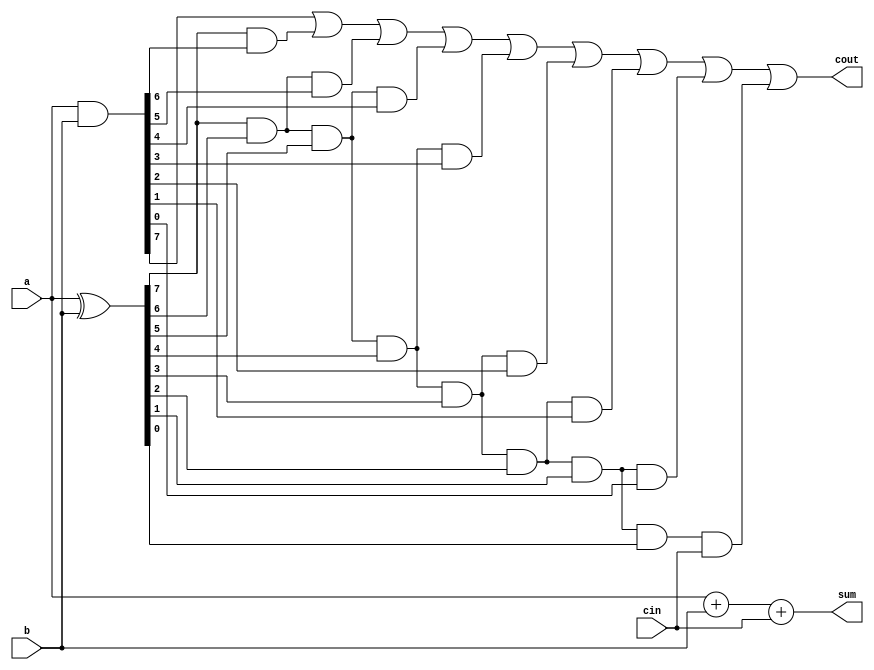
module carry_lookahead_adder(input [7:0] a, input [7:0] b, input cin, output [7:0] sum, output cout);

    wire [7:0] p, g; // Generate and propagate signals
    
    assign p = a ^ b; // Generate signal calculation
    assign g = a & b; // Propagate signal calculation
    
    // Carry calculation logic
    wire [7:0] c;
    assign c[0] = g[0] | (p[0] & cin);
    assign c[1] = g[1] | (p[1] & g[0]) | (p[1] & p[0] & cin);
    assign c[2] = g[2] | (p[2] & g[1]) | (p[2] & p[1] & g[0]) | (p[2] & p[1] & p[0] & cin);
    assign c[3] = g[3] | (p[3] & g[2]) | (p[3] & p[2] & g[1]) | (p[3] & p[2] & p[1] & g[0]) | (p[3] & p[2] & p[1] & p[0] & cin);
    assign c[4] = g[4] | (p[4] & g[3]) | (p[4] & p[3] & g[2]) | (p[4] & p[3] & p[2] & g[1]) | (p[4] & p[3] & p[2] & p[1] & g[0]) | (p[4] & p[3] & p[2] & p[1] & p[0] & cin);
    assign c[5] = g[5] | (p[5] & g[4]) | (p[5] & p[4] & g[3]) | (p[5] & p[4] & p[3] & g[2]) | (p[5] & p[4] & p[3] & p[2] & g[1]) | (p[5] & p[4] & p[3] & p[2] & p[1] & g[0]) | (p[5] & p[4] & p[3] & p[2] & p[1] & p[0] & cin);
    assign c[6] = g[6] | (p[6] & g[5]) | (p[6] & p[5] & g[4]) | (p[6] & p[5] & p[4] & g[3]) | (p[6] & p[5] & p[4] & p[3] & g[2]) | (p[6] & p[5] & p[4] & p[3] & p[2] & g[1]) | (p[6] & p[5] & p[4] & p[3] & p[2] & p[1] & g[0]) | (p[6] & p[5] & p[4] & p[3] & p[2] & p[1] & p[0] & cin);
    assign c[7] = g[7] | (p[7] & g[6]) | (p[7] & p[6] & g[5]) | (p[7] & p[6] & p[5] & g[4]) | (p[7] & p[6] & p[5] & p[4] & g[3]) | (p[7] & p[6] & p[5] & p[4] & p[3] & g[2]) | (p[7] & p[6] & p[5] & p[4] & p[3] & p[2] & g[1]) | (p[7] & p[6] & p[5] & p[4] & p[3] & p[2] & p[1] & g[0]) | (p[7] & p[6] & p[5] & p[4] & p[3] & p[2] & p[1] & p[0] & cin);
    
    // Sum calculation
    assign sum = a + b + cin;
    
    // Carry-out calculation
    assign cout = c[7];
    
endmodule